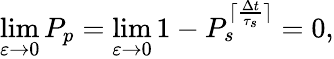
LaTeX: \operatorname*{lim}_{\varepsilon\to 0}P_{p}=\operatorname*{lim}_{\varepsilon\to 0}1-P_{s}^{\lceil\frac{\Delta t}{\tau_{s}}\rceil}=0,